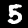
Digit: 5